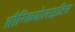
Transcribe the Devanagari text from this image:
ब्रौन्कियोलाइटिस